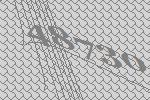
48730